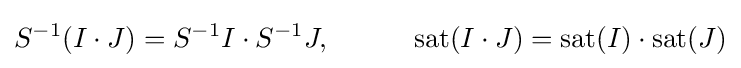
S^{-1}(I\cdot J)=S^{-1}I\cdot S^{-1}J,\qquad \quad \operatorname {sat} (I\cdot J)=\operatorname {sat} (I)\cdot \operatorname {sat} (J)